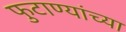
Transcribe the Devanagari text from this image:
फुटाण्यांच्या